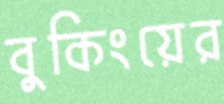
বুকিংয়ের